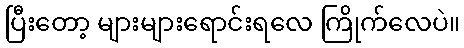
ပြီးတော့ များများရောင်းရလေ ကြိုက်လေပဲ။